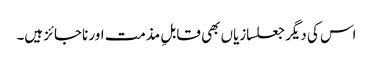
اس کی دیگر جعلسازیاں بھی قابلِ مذمت اور ناجائز ہیں۔